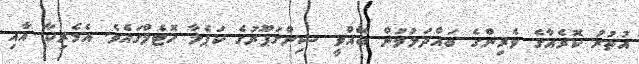
އުތުރު ކޮރެއާގެ ވެރިންގެ ބައްދަލުވުން ބޭއްވީ ސިންގަޕޫރުގެ ކަޕެލާ ހޮޓެލްގައެވެ. އެމެރިކާ އާއި